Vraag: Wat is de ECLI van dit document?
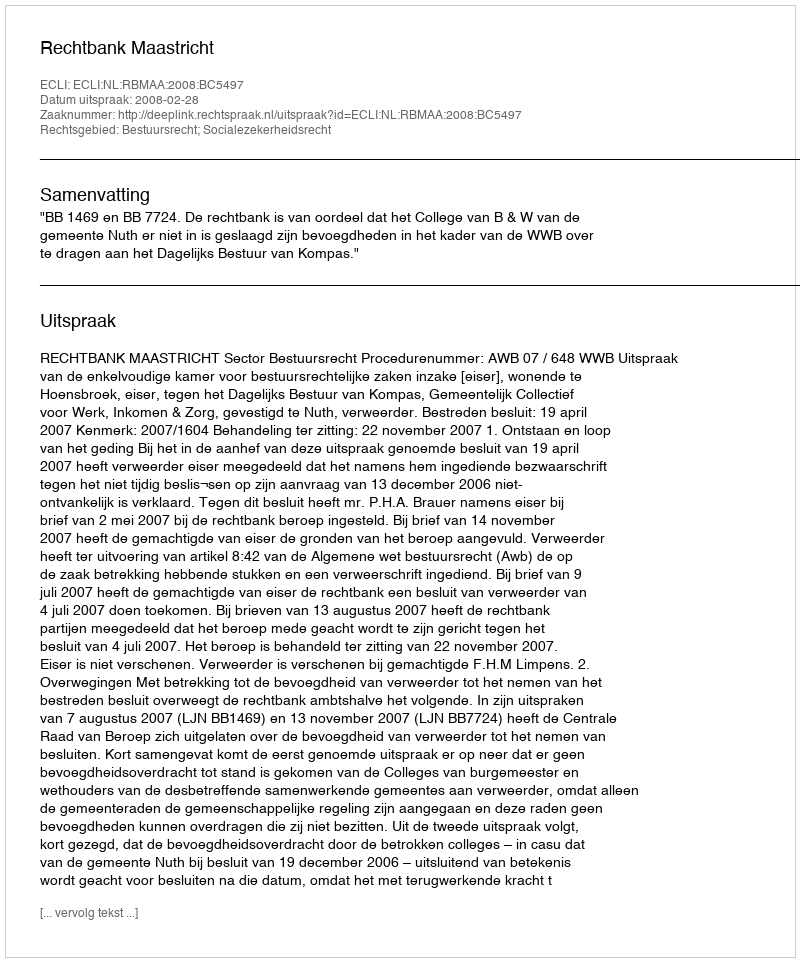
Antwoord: ECLI:NL:RBMAA:2008:BC5497